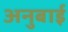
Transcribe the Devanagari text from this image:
अनुबाई